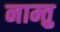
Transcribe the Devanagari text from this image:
नाम्तु